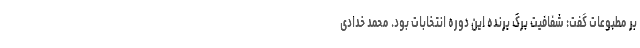
بر مطبوعات گفت: شفافیت برگ برنده این دوره انتخابات بود. محمد خدادی